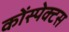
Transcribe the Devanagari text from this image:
कोंस्पेक्टस